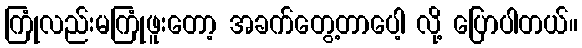
ကြုံလည်းမကြုံဖူးတော့ အခက်တွေ့တာပေါ့ လို့ ပြောပါတယ်။